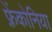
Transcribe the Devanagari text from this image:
फ़्रेंकोनिया